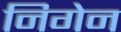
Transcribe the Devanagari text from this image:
निगेन